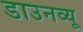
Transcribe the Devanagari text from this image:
डाउनव्यू